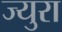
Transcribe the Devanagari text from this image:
ज्युरा